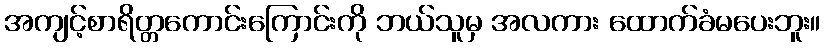
အကျင့်စာရိတ္တကောင်းကြောင်းကို ဘယ်သူမှ အလကား ထောက်ခံမပေးဘူး။